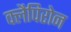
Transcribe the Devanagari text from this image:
क्लैपिरोन